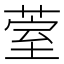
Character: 𮏧